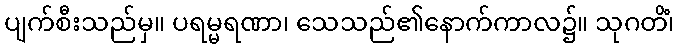
ပျက်စီးသည်မှ။ ပရမ္မရဏာ၊ သေသည်၏နောက်ကာလ၌။ သုဂတိံ၊